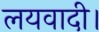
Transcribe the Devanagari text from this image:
लयवादी।